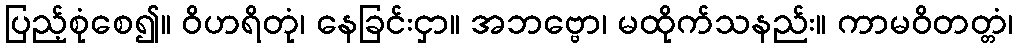
ပြည့်စုံစေ၍။ ဝိဟရိတုံ၊ နေခြင်းငှာ။ အဘဗ္ဗော၊ မထိုက်သနည်း။ ကာမဝိတတ္တံ၊